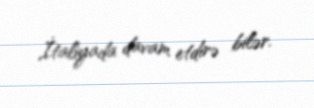
İtaliyada davam etdirə bilər.